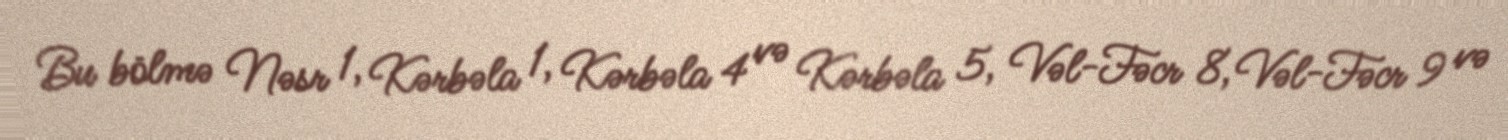
Bu bölmə Nəsr 1, Kərbəla 1, Kərbəla 4 və Kərbəla 5, Vəl-Fəcr 8, Vəl-Fəcr 9 və